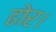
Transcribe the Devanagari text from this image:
ढोर।